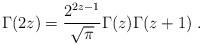
LaTeX: \begin{align*}\Gamma(2z)= \frac{2^{2z-1}}{\sqrt{\pi}}\Gamma(z)\Gamma(z+1)\ .\end{align*}